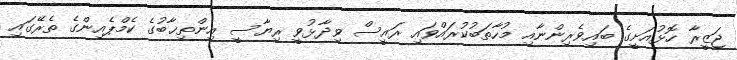
ޖަޒީރާ ހޮޅުއަށީގެ ބައިވެރިންނާއި މުހާތަބުކުރައްވައި ރައީސް ވިދާޅުވީ ރިޔާސީ އިންތިޚާބުގެ ކެމްޕެއިންގެ ތެރޭގައި